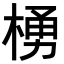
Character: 𪳆